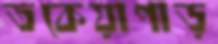
তকেয়াপাড়